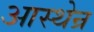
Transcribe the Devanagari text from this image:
आस्थेन्र